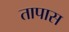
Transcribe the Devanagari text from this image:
तापास